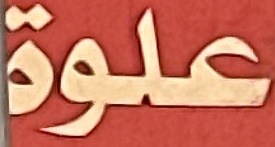
علوة